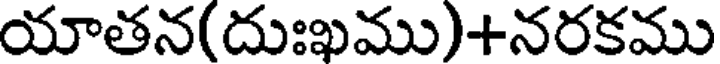
యాతన(దుఃఖము)+నరకము